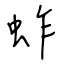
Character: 蚱